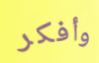
وأفكر